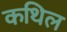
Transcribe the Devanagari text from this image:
कथिल